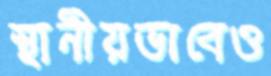
স্থানীয়ভাবেও